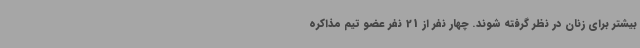
بیشتر برای زنان در نظر گرفته شوند. چهار نفر از 21 نفر عضو تیم مذاکره